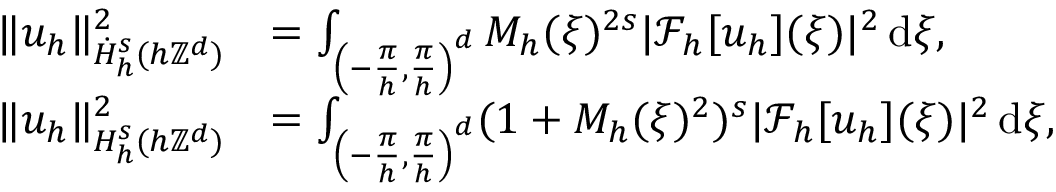
\begin{array} { r l } { \| u _ { h } \| _ { \dot { H } _ { h } ^ { s } ( h \mathbb { Z } ^ { d } ) } ^ { 2 } } & { = \int _ { \left( - \frac { \pi } { h } , \frac { \pi } { h } \right) ^ { d } } M _ { h } ( \xi ) ^ { 2 s } | \mathcal { F } _ { h } [ u _ { h } ] ( \xi ) | ^ { 2 } \, \mathrm { d } \xi , } \\ { \| u _ { h } \| _ { H _ { h } ^ { s } ( h \mathbb { Z } ^ { d } ) } ^ { 2 } } & { = \int _ { \left( - \frac { \pi } { h } , \frac { \pi } { h } \right) ^ { d } } ( 1 + M _ { h } ( \xi ) ^ { 2 } ) ^ { s } | \mathcal { F } _ { h } [ u _ { h } ] ( \xi ) | ^ { 2 } \, \mathrm { d } \xi , } \end{array}